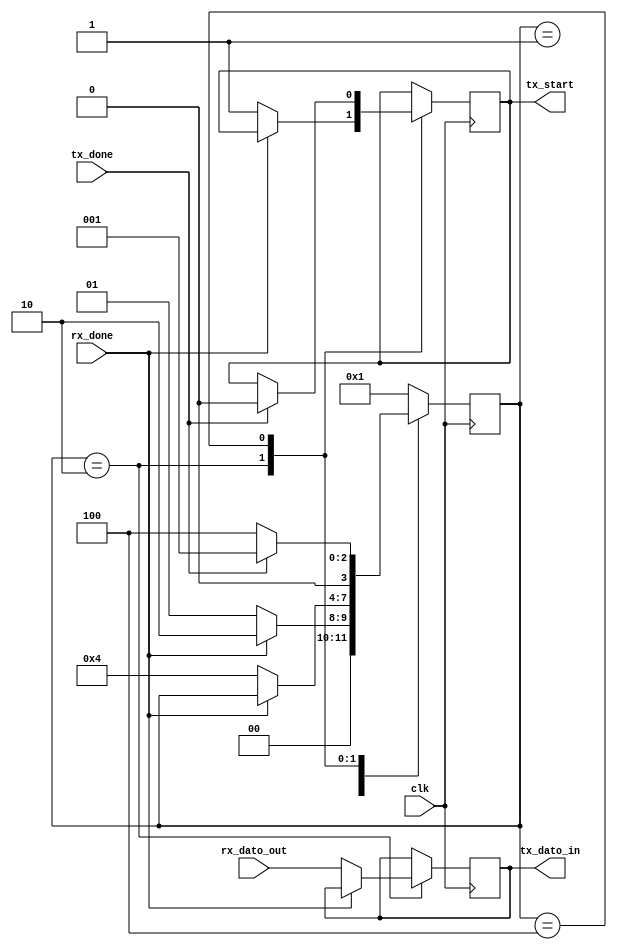
`timescale 1ns / 1ps
//////////////////////////////////////////////////////////////////////////////////
// Company: 
// Engineer: 
// 
// Design Name: 
// Module Name:    debug_unit 
// Project Name: 
// Target Devices: 
// Tool versions: 
// Description: 
//
// Dependencies: 
//
// Revision: 
// Revision 0.01 - File Created
// Additional Comments: 
//
//////////////////////////////////////////////////////////////////////////////////
`define D_BIT 7 //Por ser de 0 a 7 son 8 bits.


module debug_unit(
										input clk,
										input [`D_BIT:0] rx_dato_out, //Recibido desde RX
										input rx_done,
										input tx_done,
										output reg [`D_BIT:0] tx_dato_in, //Enviado a TX
										output reg tx_start
										);

	localparam [3:0]	IDLE = 4'b0001,
									  START = 4'b0010,
									  DATA = 4'b0100,
									  STOP = 4'b1000;
									  
reg [3:0] estado_actual;
initial estado_actual = IDLE;
						  
always @ (posedge clk)
case(estado_actual)
			IDLE:
				begin
					if(rx_done == 1)
						begin
							estado_actual = START; //Se cambia de estado.
						end
					else
						begin
							estado_actual = IDLE; //Mantiene el estado. 
						end
				end
			START:
				begin
					if(rx_done == 0)	//PORQUE SI SE SACA ESTE IF TIRA CUALQUIER COSA?
						begin
							tx_dato_in = rx_dato_out;
							tx_start = 1;
							estado_actual = DATA;
						end
					/*if(rx_dato_out == "a")
						begin
							tx_dato_in = "p";
							tx_start = 1;
							estado_actual = DATA;
						end
					else if(rx_dato_out == "s")
						begin
							tx_dato_in = "0";
							tx_start = 1;
							estado_actual = DATA;
						end*/
					else 
						begin
							estado_actual = estado_actual;
						end
				end
			DATA:
				begin
					
					if(tx_done == 1)
						begin
							tx_start = 0;
							estado_actual = IDLE;
						end
					else 
						begin
							estado_actual = DATA;
						end
				end
			default:
				begin
					estado_actual = IDLE;
				end
		endcase
endmodule